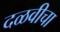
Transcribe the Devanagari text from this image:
दळवीचा